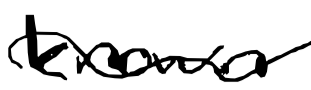
Text: known
Cross-out: wave
Writing tool: digital_black